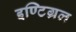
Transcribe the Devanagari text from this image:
इण्टिग्रल